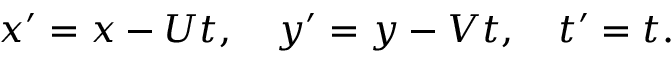
x ^ { \prime } = x - U t , \quad y ^ { \prime } = y - V t , \quad t ^ { \prime } = t .